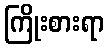
ကြိုးစားရာ